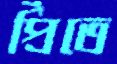
প্রিঁতে